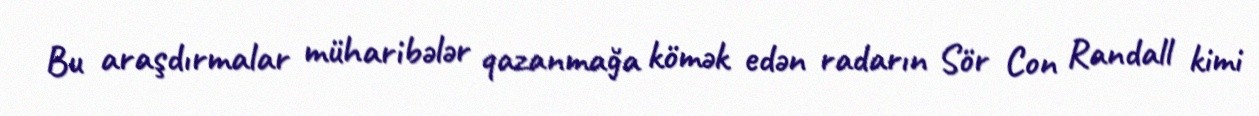
Bu araşdırmalar müharibələr qazanmağa kömək edən radarın Sör Con Randall kimi